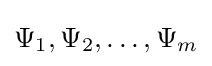
\Psi _{1},\Psi _{2},\dots ,\Psi _{m}